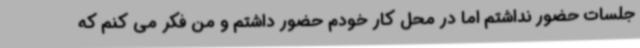
جلسات حضور نداشتم اما در محل کار خودم حضور داشتم و من فکر می کنم که